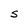
Character: S